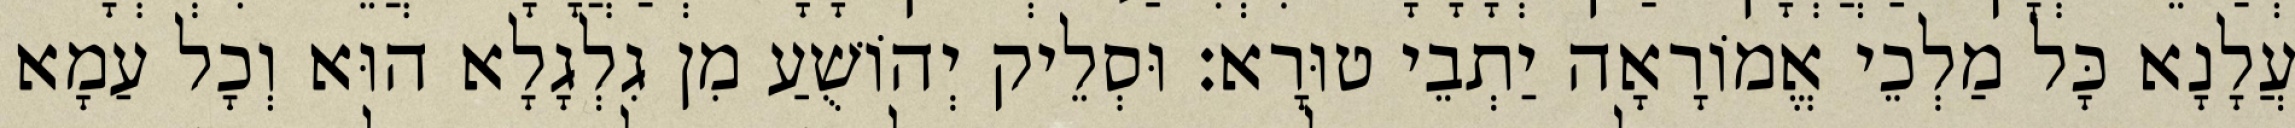
עֲלָנָא כָּל מַלְכֵי אֱמוֹרָאָה יַתְבֵי טוּרָא׃ וּסְלֵיק יְהוֹשֻׁעַ מִן גִלְגָלָא הוּא וְכָל עַמָא